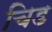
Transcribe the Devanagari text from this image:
चिड